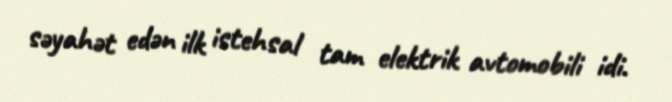
səyahət edən ilk istehsal tam elektrik avtomobili idi.